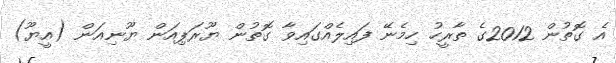
އެ ގޮތުން 2012ގެ ތާރީހު ހިމެނޭ ފައިލެއްގައިވާ ގޮތުން ޔޫރަޕިއަން ޔޫނިއަން (އީޔޫ)